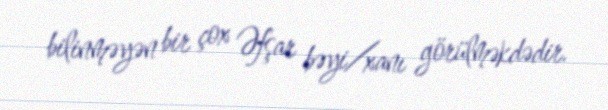
bilinməyən bir çox Əfşar bəyi/xanı görülməkdədir.